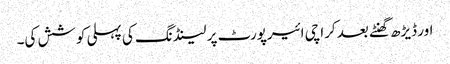
اور ڈیڑھ گھنٹے بعد کراچی ائیرپورٹ پر لینڈنگ کی پہلی کوشش کی۔